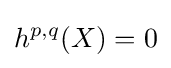
h^{p,q}(X)=0